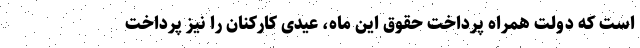
است که دولت همراه پرداخت حقوق این ماه، عیدی کارکنان را نیز پرداخت